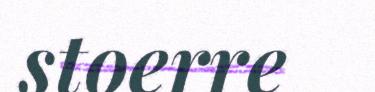
stoerre